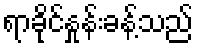
ရာခိုင်နှုန်းခန့်သည်